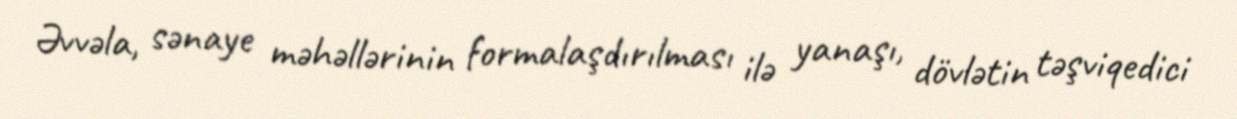
Əvvəla, sənaye məhəllərinin formalaşdırılması ilə yanaşı, dövlətin təşviqedici